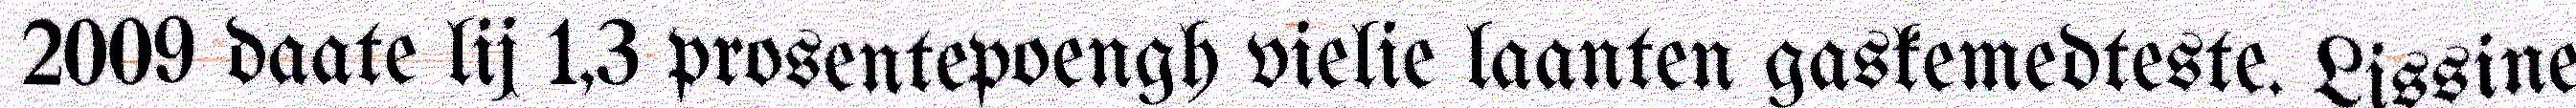
2009 daate lij 1,3 prosentepoengh vielie laanten gaskemedteste. Lissine